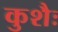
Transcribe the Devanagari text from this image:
कुशैः